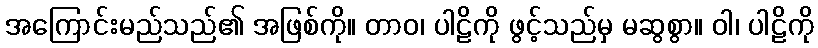
အကြောင်းမည်သည်၏ အဖြစ်ကို။ တာဝ၊ ပါဠိကို ဖွင့်သည်မှ မဆွစွာ။ ဝါ၊ ပါဠိကို